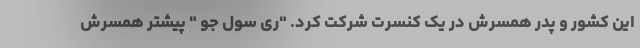
این کشور و پدر همسرش در یک کنسرت شرکت کرد. "ری سول جو " پیشتر همسرش